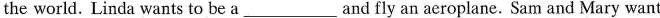
the world. Linda wants to be a___ and fly an aeroplane. Sam and Mary want